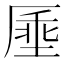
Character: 𫨔